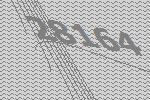
28164